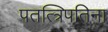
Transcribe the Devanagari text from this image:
पतत्त्रिपतिना